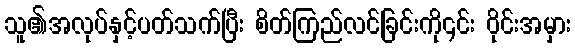
သူ၏အလုပ်နှင့်ပတ်သက်ပြီး စိတ်ကြည်လင်ခြင်းကို၎င်း ဝိုင်းအမှား